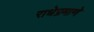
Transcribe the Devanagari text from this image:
राधेप्रमाणे